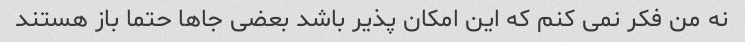
نه من فکر نمی کنم که این امکان پذیر باشد بعضی جاها حتما باز هستند